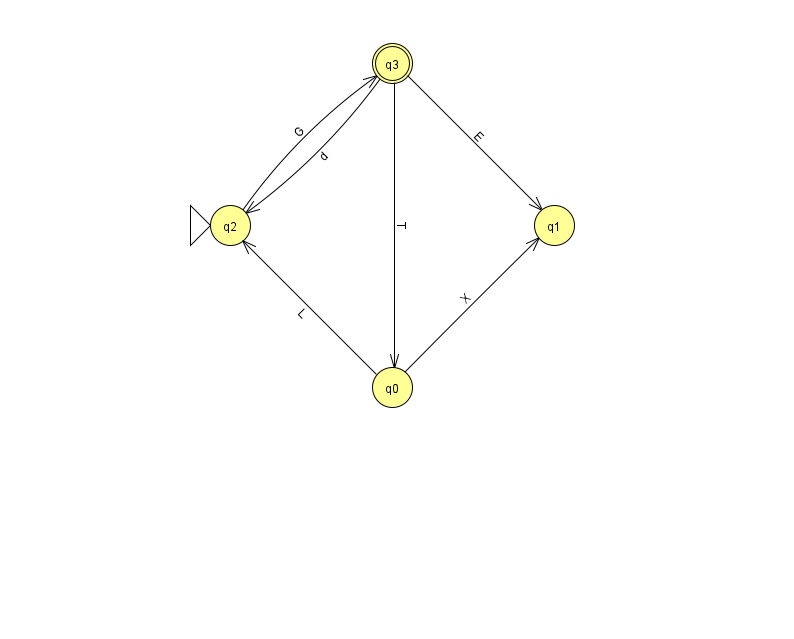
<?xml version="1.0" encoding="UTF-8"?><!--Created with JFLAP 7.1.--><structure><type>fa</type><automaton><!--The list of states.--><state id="0" name="q0"><x>392.0</x><y>374.0</y></state><state id="1" name="q1"><x>554.0</x><y>212.0</y></state><state id="2" name="q2"><x>230.0</x><y>212.0</y><initial/></state><state id="3" name="q3"><x>392.0</x><y>50.0</y><final/></state><!--The list of transitions.--><transition><from>0</from><to>1</to><read>X</read></transition><transition><from>0</from><to>2</to><read>L</read></transition><transition><from>3</from><to>1</to><read>E</read></transition><transition><from>2</from><to>3</to><read>G</read></transition><transition><from>3</from><to>0</to><read>T</read></transition><transition><from>3</from><to>2</to><read>d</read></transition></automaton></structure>